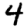
Digit: 4